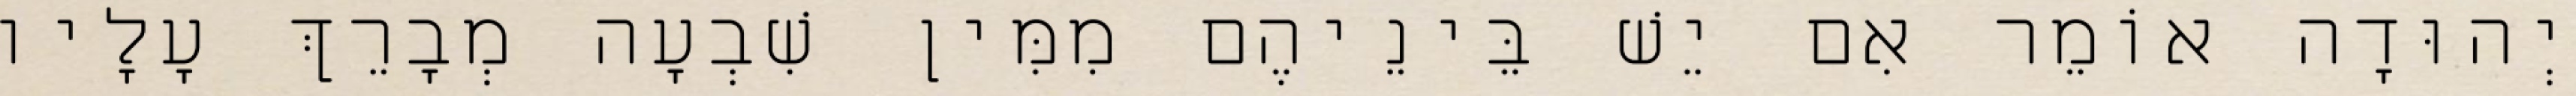
יְהוּדָה אוֹמֵר אִם יֵשׁ בֵּינֵיהֶם מִמִּין שִׁבְעָה מְבָרֵךְ עָלָיו